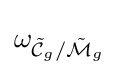
\omega _{{\tilde {\mathcal {C}}}_{g}/{\tilde {\mathcal {M}}}_{g}}